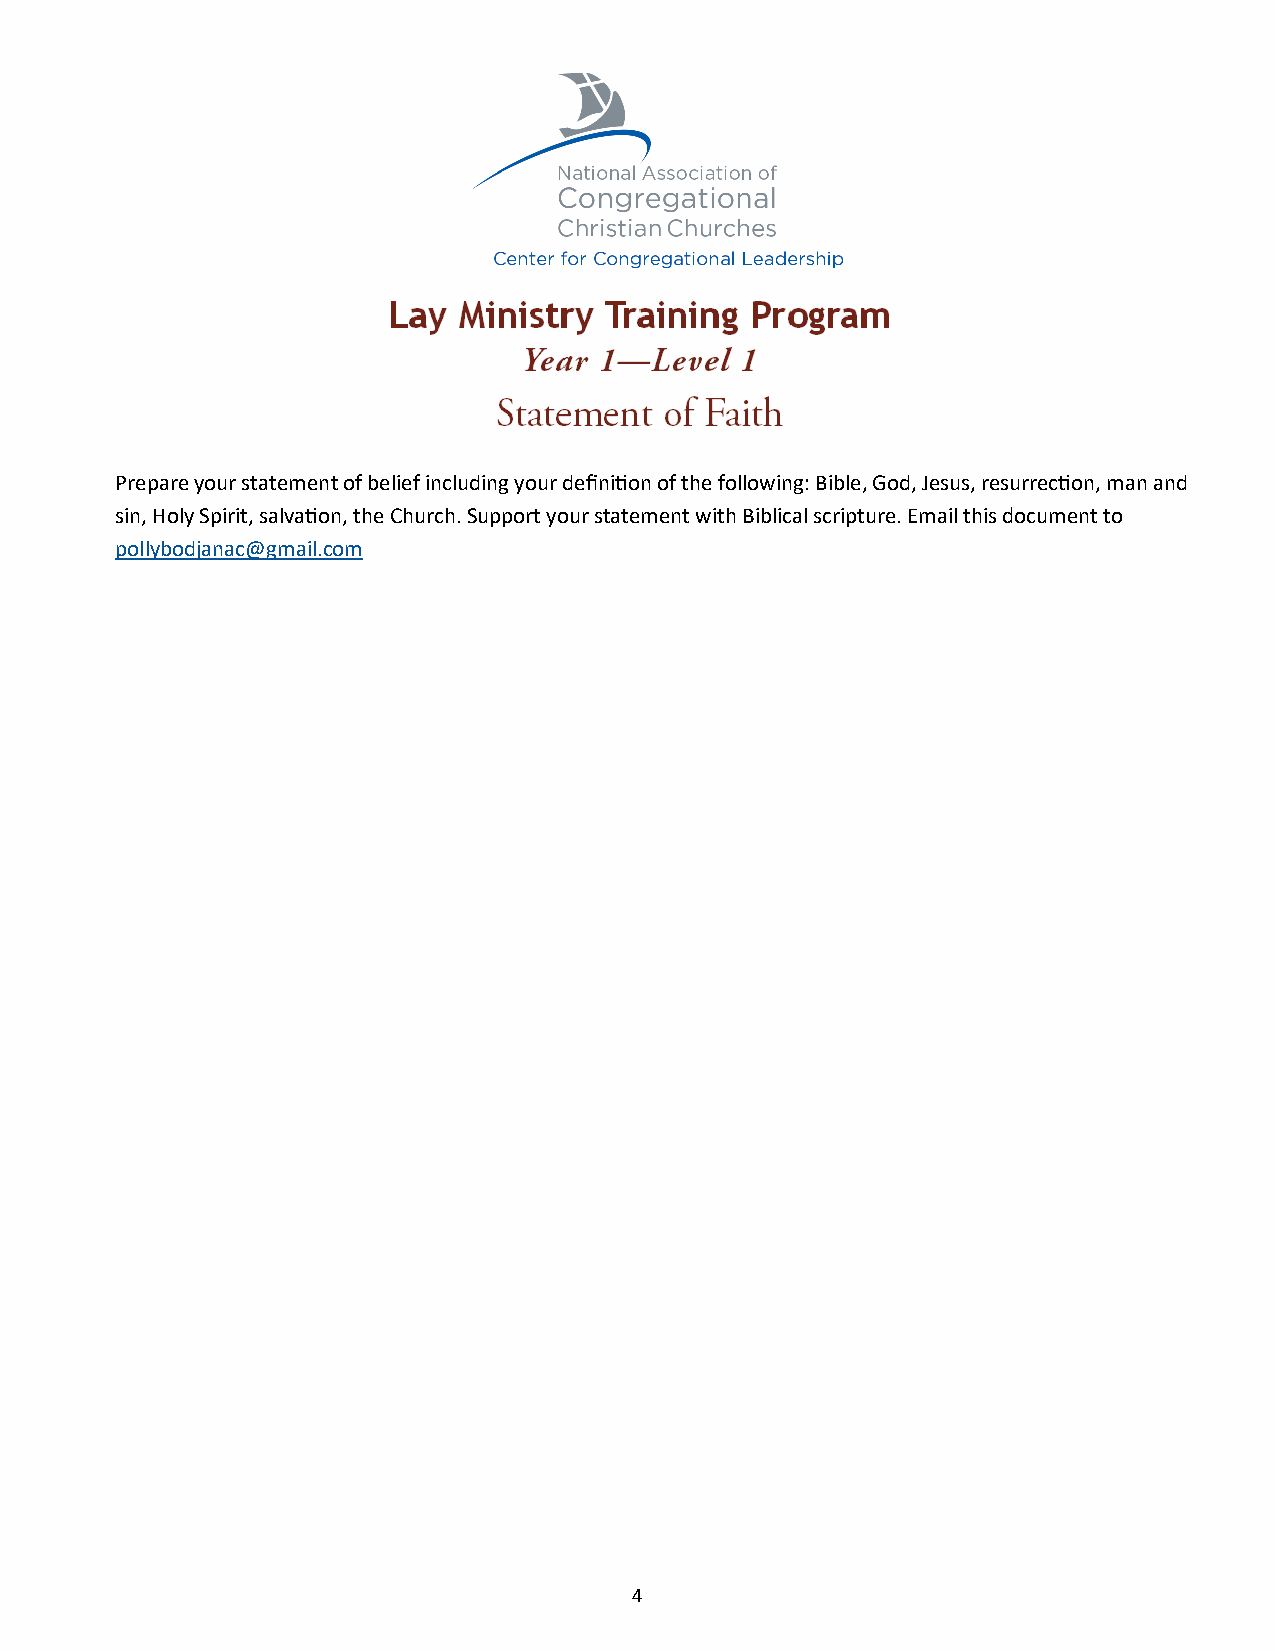
Prepare your statement of belief including your definition of the following: Bible, God, Jesus, resurrection, man and
 sin, Holy Spirit, salvation, the Church. Support your statement with Biblical scripture. Email this document to
 pollybodjanac@gmail.com
 4